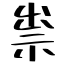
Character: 祟